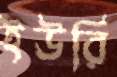
ইউরি